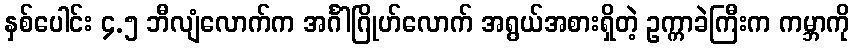
နှစ်ပေါင်း ၄.၅ ဘီလျံလောက်က အင်္ဂါဂြိုဟ်လောက် အရွယ်အစားရှိတဲ့ ဥက္ကာခဲကြီးက ကမ္ဘာကို